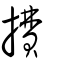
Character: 㩌